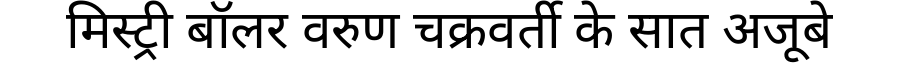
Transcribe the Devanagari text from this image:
मिस्ट्री बॉलर वरुण चक्रवर्ती के सात अजूबे